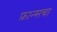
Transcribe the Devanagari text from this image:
फ्रान्‍सचा